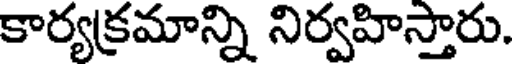
కార్యక్రమాన్ని నిర్వహిస్తారు.